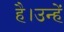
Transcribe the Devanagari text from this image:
है।उन्हें